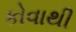
કોવાથી